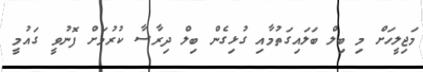
މަޖިލީހަށް މި ބިލް ބަލައިގަތުމާއި ގުޅިގެން ބިލް ދިރާސާ ކުރުމަށް ފޮނުވީ ގައުމީ